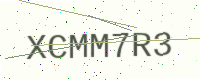
Text: XCMM7R3